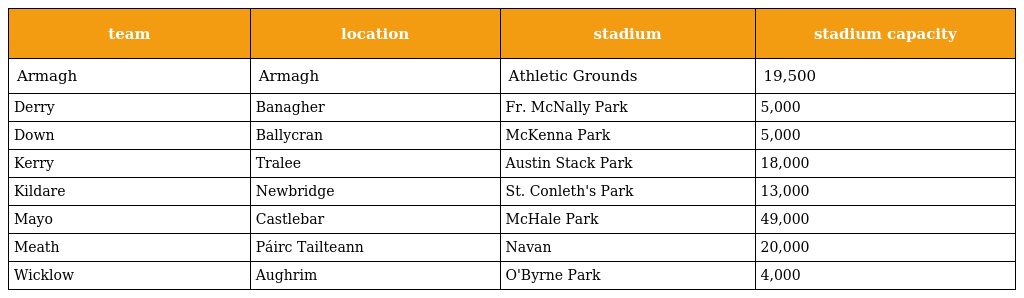
| team | location | stadium | stadium capacity |
 | --- | --- | --- | --- |
 | Armagh | Armagh | Athletic Grounds | 19,500 |
 | Derry | Banagher | Fr. McNally Park | 5,000 |
 | Down | Ballycran | McKenna Park | 5,000 |
 | Kerry | Tralee | Austin Stack Park | 18,000 |
 | Kildare | Newbridge | St. Conleth's Park | 13,000 |
 | Mayo | Castlebar | McHale Park | 49,000 |
 | Meath | Páirc Tailteann | Navan | 20,000 |
 | Wicklow | Aughrim | O'Byrne Park | 4,000 |